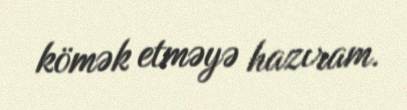
kömək etməyə hazıram.